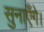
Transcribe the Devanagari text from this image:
सुनाएँगे।